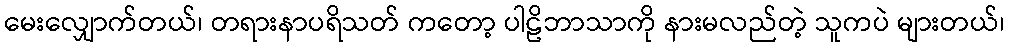
မေးလျှောက်တယ်၊ တရားနာပရိသတ် ကတော့ ပါဠိဘာသာကို နားမလည်တဲ့ သူကပဲ များတယ်၊